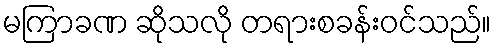
မကြာခဏ ဆိုသလို တရားစခန်းဝင်သည်။